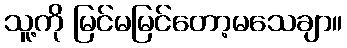
သူ့ကို မြင်မမြင်တော့မသေချာ။